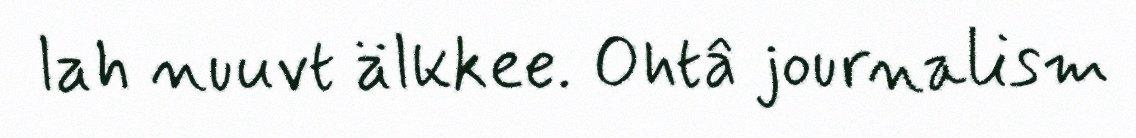
lah nuuvt älkkee. Ohtâ journalism